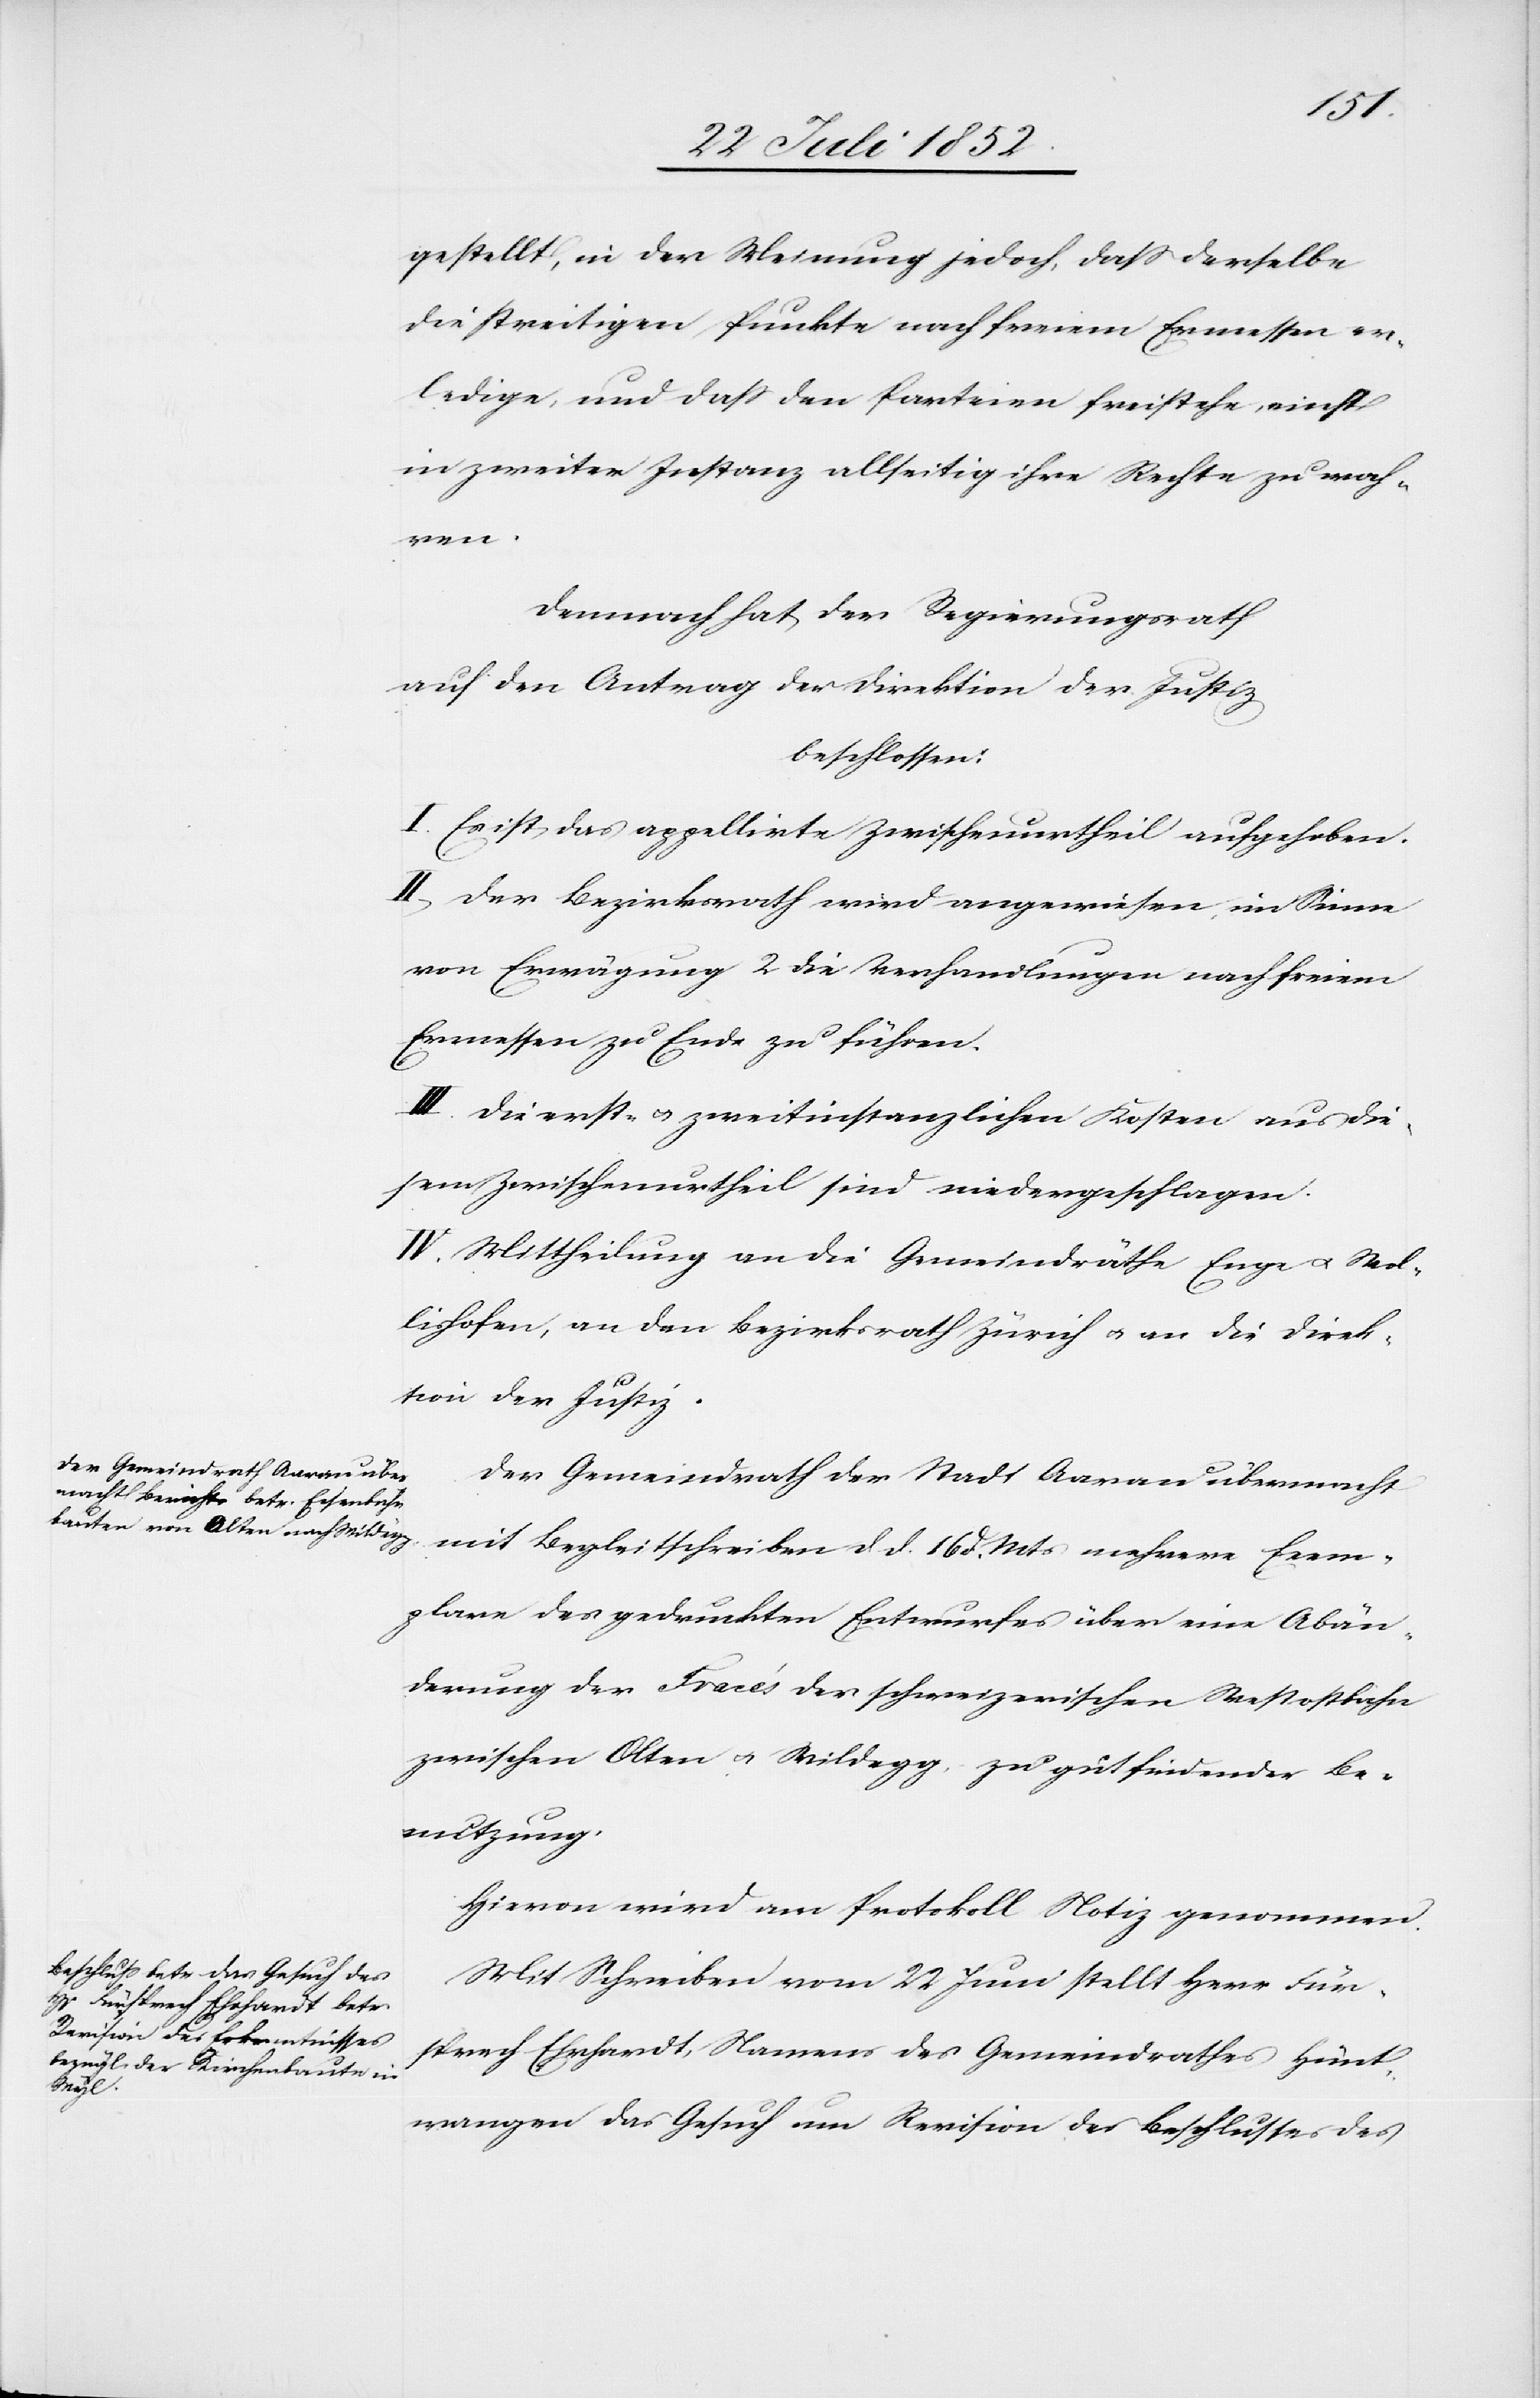
gestellt, in der Meinung jedoch, dass derselbe
die streitigen Punkte nach freiem Ermessen er¬
ledige, und dass den Parteien freistehe, einst
in zweiter Instanz allseitig ihre Rechte zu wah¬
ren.
Demnach hat der Regierungsrath
auf den Antrag der Direktion der Justiz
beschlossen:
I. Es ist das appellirte Zwischenurtheil aufgehoben.
II, Der Bezirksrath wird angewiesen, im Sinne
von Erwägung 2 die Verhandlungen nach freiem
Ermessen zu Ende zu führen.
III. Die erst- & zweitinstanzlichen Kosten aus die¬
sem Zwischenurtheil sind niedergeschlagen.
IV. Mittheilung an die Gemeindräthe Enge & Wol¬
lishofen, an den Bezirksrath Zürich & an die Direk¬
tion der Justiz.
Der Gemeindrath der Stadt Aarau übermacht
mit Begleitschreiben d d. 16 d. Mts mehrere Exem¬
plare des gedruckten Entwurfes über eine Abän¬
derung der Tracés der schweizerischen Westostbahn
zwischen Olten & Wildegg, zu gutfindender Be¬
nutzung.
Hievon wird am Protokoll Notiz genommen.
Mit Schreiben vom 22 Juni stellt Herr Für¬
sprech Ehrhardt, Namens des Gemeindrathes Hünt¬
wangen das Gesuch um Revision des Beschlusses des